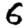
Digit: 6